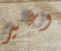
وغير